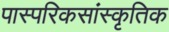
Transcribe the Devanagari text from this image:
पास्परिकसांस्कृतिक